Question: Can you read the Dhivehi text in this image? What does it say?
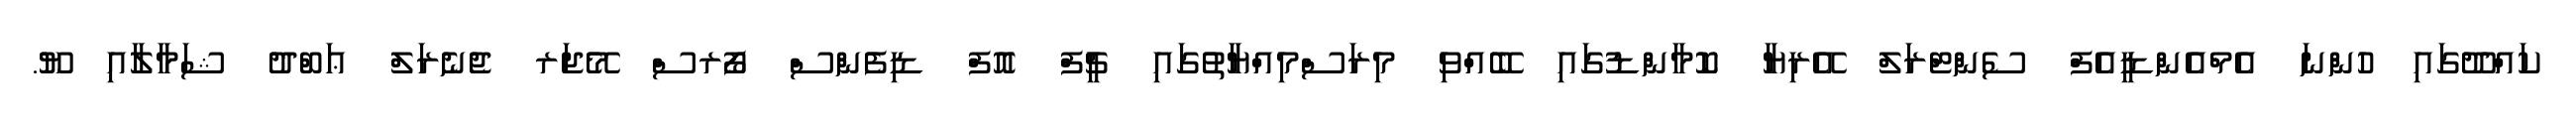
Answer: ކައްދޫގައި ހުންނަ އެމްއެންޑީއެފް ސެންޓްރަލް އޭރިޔާ ކޮމާންޑުގައި ބޭއްވި މިރަސްމިއްޔާތުގައި ޗީފް އޮފް ޑިފެންސް ފޯރސް މޭޖަރ ޖެނެރަލް ޢަބްދު ޝަމާލާއި ޔޫ.